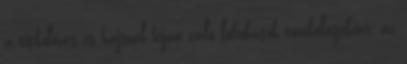
a titkolózás és hajszál híján való lebukások tömkelegeként, az